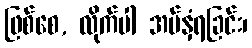
ဖြစ်စေ, လိုက်ပါ အပ်နှံရခြင်း၊